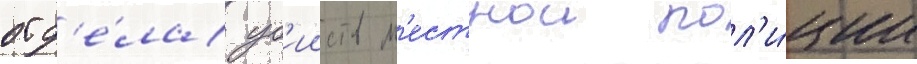
отд'е́ла уб'ииств м'естнои пол'и́ции